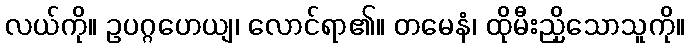
လယ်ကို။ ဥပဂ္ဂဟေယျ၊ လောင်ရာ၏။ တမေနံ၊ ထိုမီးညှိသောသူကို။